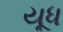
યૂધ